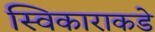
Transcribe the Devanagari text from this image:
स्विकाराकडे